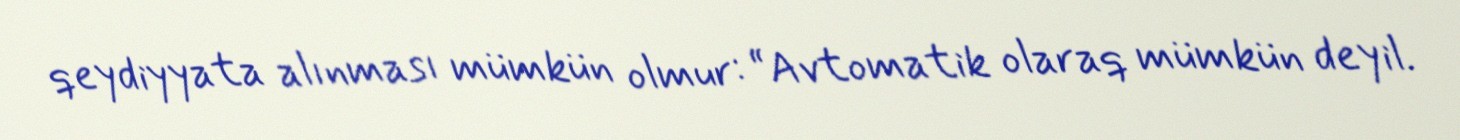
qeydiyyata alınması mümkün olmur: “Avtomatik olaraq mümkün deyil.